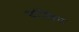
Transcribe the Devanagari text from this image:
बांछित